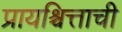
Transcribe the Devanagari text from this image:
प्रायश्चित्ताची